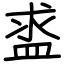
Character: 盚